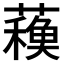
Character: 𧁨